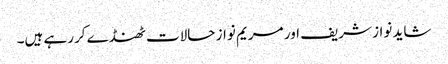
شاید نواز شریف اور مریم نواز حالات ٹھنڈے کررہے ہیں۔